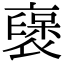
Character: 襃